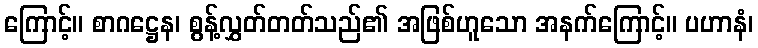
ကြောင့်။ စာဂဋ္ဌေန၊ စွန့်လွှတ်တတ်သည်၏ အဖြစ်ဟူသော အနက်ကြောင့်။ ပဟာနံ၊